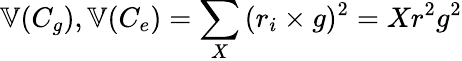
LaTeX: \mathbb{V}(C_{g}),\mathbb{V}(C_{e})=\sum_{X}{(r_{i}\times g)^{2}}=Xr^{2}g^{2}